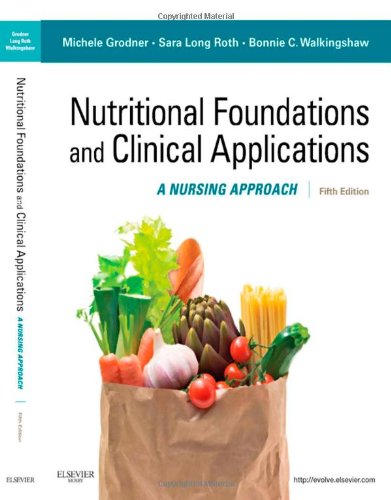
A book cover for Nutritional Foundations and Clinical Applications: A Nursing Approach, 5e (Foundations and Clinical Applications of Nutrition); Michele Grodner EdD  CHES; Medical Books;